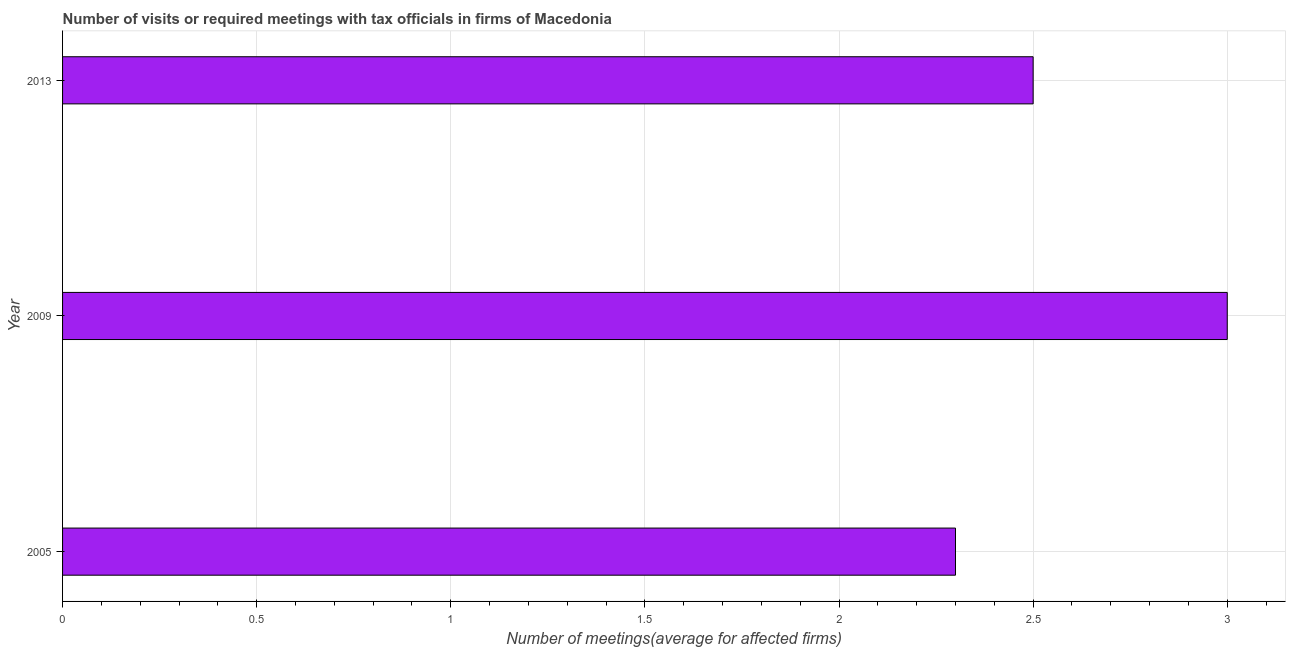
| Year | Meetings with tax officials |
 | --- | --- |
 | 2005 | 2.3 |
 | 2009 | 3 |
 | 2013 | 2.5 |